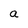
Character: a